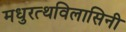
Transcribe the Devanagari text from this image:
मधुरत्थविलासिनी